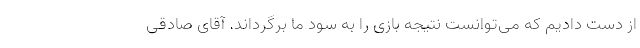
از دست دادیم که می‌توانست نتیجه بازی را به سود ما برگرداند. آقای صادقی